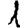
Digit: 1